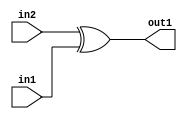
`timescale 1ps / 1ps
/*****************************************************************************
    Verilog RTL Description
    
    
    Created by: Stratus DpOpt 2019.1.01 
*******************************************************************************/

module SobelFilter_Xor_1Ux1U_1U_4 (
	in2,
	in1,
	out1
	); /* architecture "behavioural" */ 
input  in2,
	in1;
output  out1;
wire  asc001;

assign asc001 = 
	(in2)
	^(in1);

assign out1 = asc001;
endmodule

/* CADENCE  urf0Tw4= : u9/ySgnWtBlWxVPRXgAZ4Og= ** DO NOT EDIT THIS LINE ******/